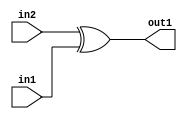
`timescale 1ps / 1ps
/*****************************************************************************
    Verilog RTL Description
    
    
    Created by: Stratus DpOpt 2019.1.01 
*******************************************************************************/

module SobelFilter_Xor_1Ux1U_1U_4 (
	in2,
	in1,
	out1
	); /* architecture "behavioural" */ 
input  in2,
	in1;
output  out1;
wire  asc001;

assign asc001 = 
	(in2)
	^(in1);

assign out1 = asc001;
endmodule

/* CADENCE  urf0Tw4= : u9/ySgnWtBlWxVPRXgAZ4Og= ** DO NOT EDIT THIS LINE ******/